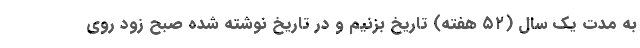
به مدت یک سال (۵۲ هفته) تاریخ بزنیم و در تاریخ نوشته شده صبح زود روی